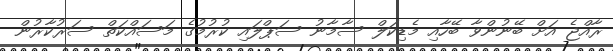
ރާއްޖެ އަށް ބޭނުންވާ ބޭހާއި މެޑިކަލް ސާމާނު ސަޕްލައި ކުރުމުގެ މަސައްކަތް ސަރުކާރުން